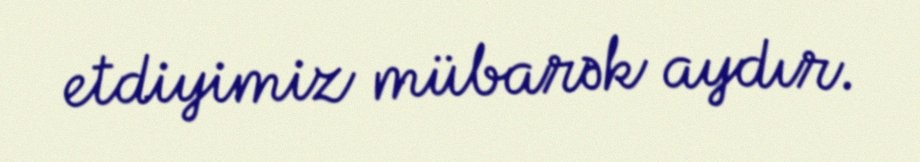
etdiyimiz mübarək aydır.